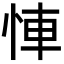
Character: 𢚷